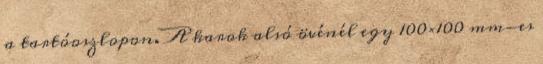
a tartóoszlopon. A karok alsó övénél egy 100×100 mm-es